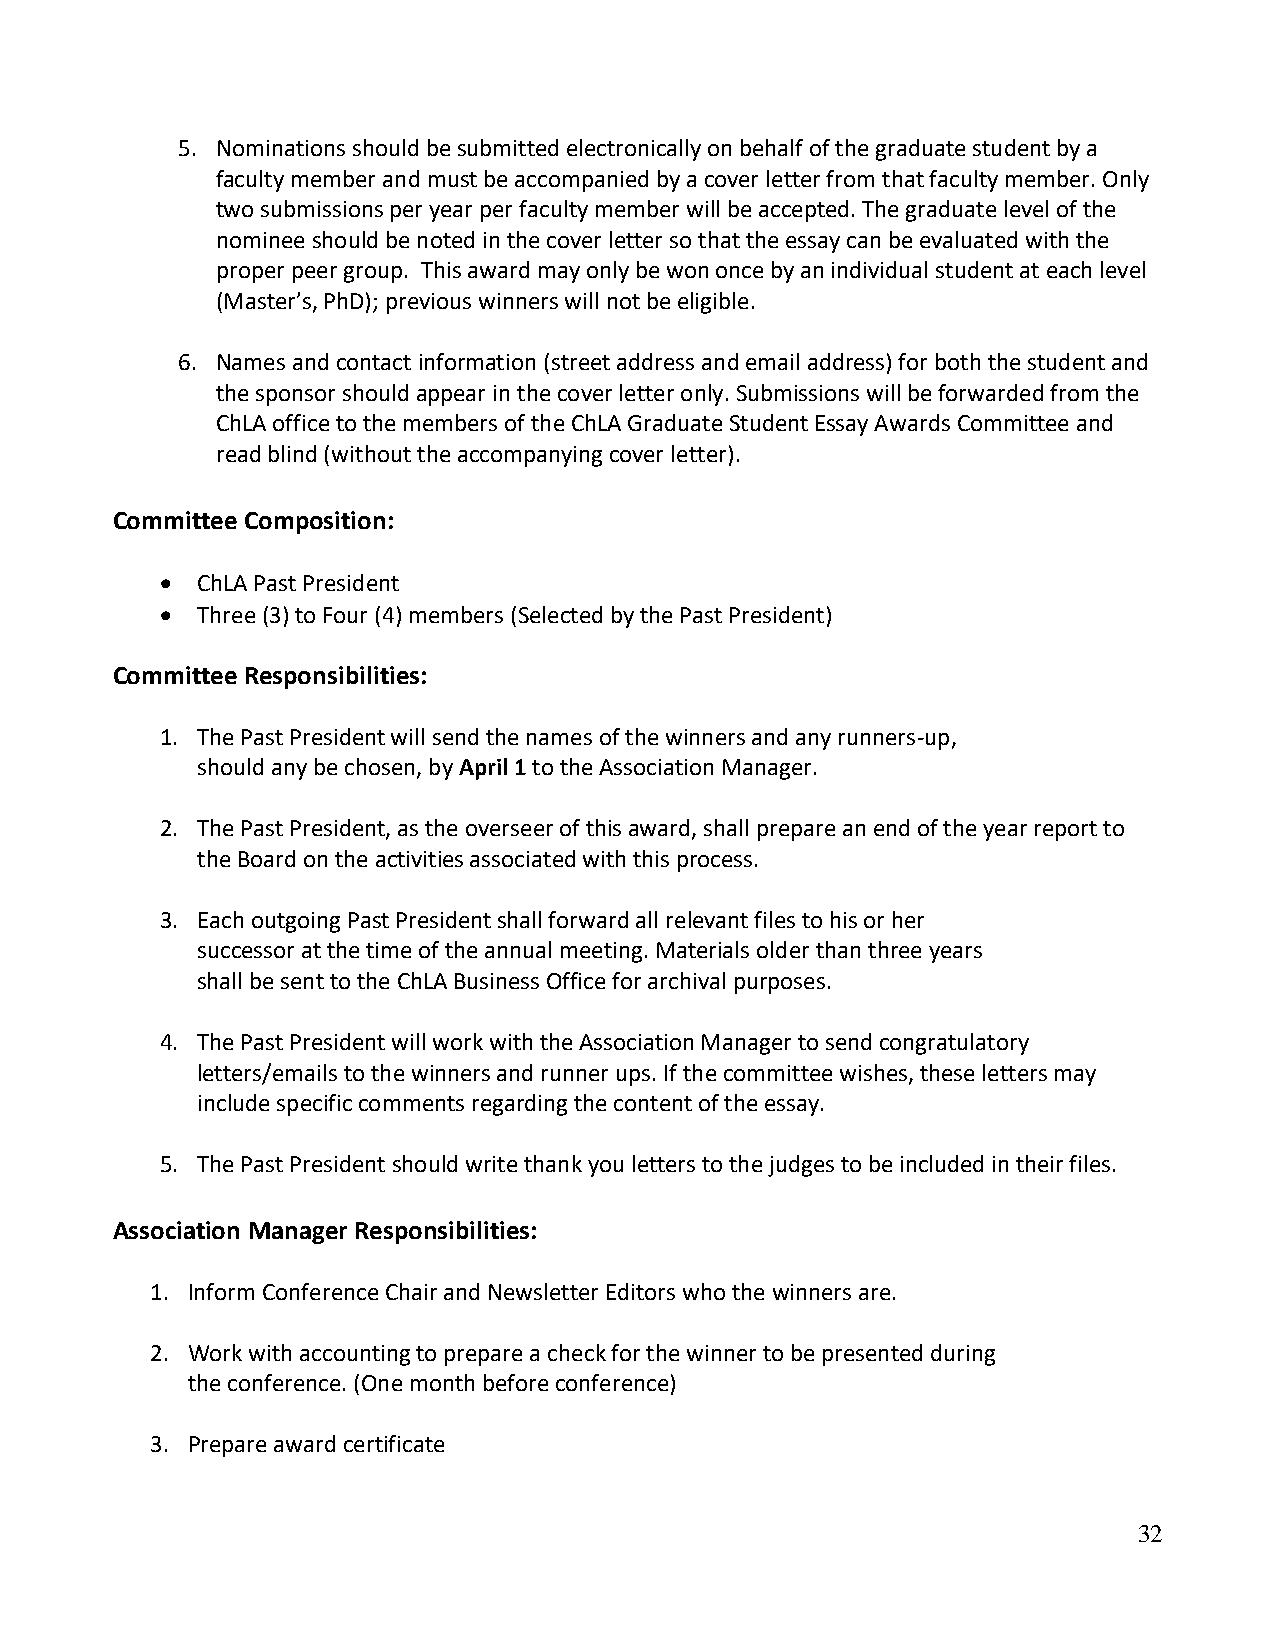
5. Nominations should be submitted electronically on behalf of the graduate student by a
 faculty member and must be accompanied by a cover letter from that faculty member. Only
 two submissions per year per faculty member will be accepted. The graduate level of the
 nominee should be noted in the cover letter so that the essay can be evaluated with the
 proper peer group. This award may only be won once by an individual student at each level
 (Master’s, PhD); previous winners will not be eligible.
 6. Names and contact information (street address and email address) for both the student and
 the sponsor should appear in the cover letter only. Submissions will be forwarded from the
 ChLA office to the members of the ChLA Graduate Student Essay Awards Committee and
 read blind (without the accompanying cover letter).
 Committee Composition:
 • ChLA Past President
 • Three (3) to Four (4) members (Selected by the Past President)
 Committee Responsibilities:
 1. The Past President will send the names of the winners and any runners-up,
 should any be chosen, by April 1 to the Association Manager.
 2. The Past President, as the overseer of this award, shall prepare an end of the year report to
 the Board on the activities associated with this process.
 3. Each outgoing Past President shall forward all relevant files to his or her
 successor at the time of the annual meeting. Materials older than three years
 shall be sent to the ChLA Business Office for archival purposes.
 4. The Past President will work with the Association Manager to send congratulatory
 letters/emails to the winners and runner ups. If the committee wishes, these letters may
 include specific comments regarding the content of the essay.
 5. The Past President should write thank you letters to the judges to be included in their files.
 Association Manager Responsibilities:
 1. Inform Conference Chair and Newsletter Editors who the winners are.
 2. Work with accounting to prepare a check for the winner to be presented during
 the conference. (One month before conference)
 3. Prepare award certificate
 32